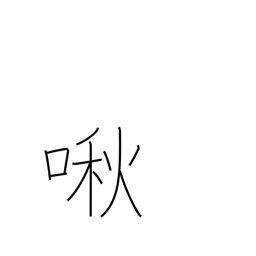
Meaning: whimper